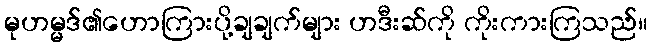
မုဟမ္မဒ်၏ဟောကြားပို့ချချက်များ ဟဒီးဆ်ကို ကိုးကားကြသည်။